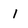
Character: I